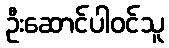
ဦးဆောင်ပါဝင်သူ